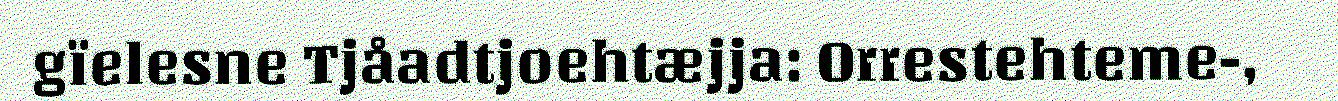
gïelesne Tjåadtjoehtæjja: Orrestehteme-,